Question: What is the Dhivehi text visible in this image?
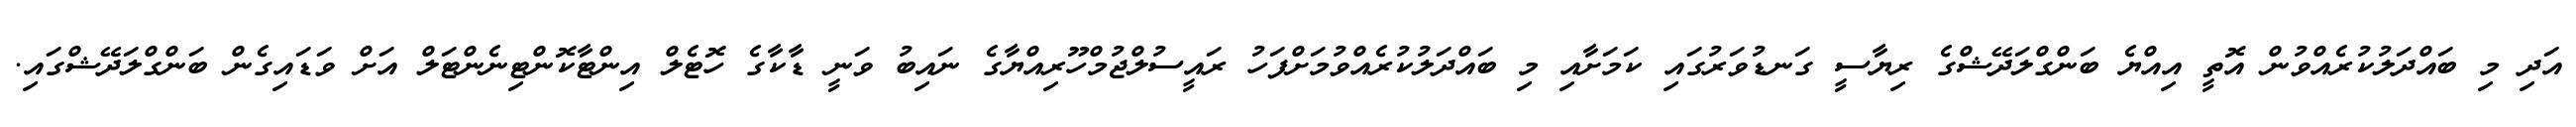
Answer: އަދި މި ބައްދަލުކުރެއްވުން އޮތީ އިއްޔެ ބަންގްލަދޭޝްގެ ރިޔާސީ ގަނޑުވަރުގައި ކަމަށާއި މި ބައްދަލުކުރެއްވުމަށްފަހު ރައީސުލްޖުމްހޫރިއްޔާގެ ނައިބު ވަނީ ޑާކާގެ ހޮޓެލް އިންޓާކޮންޓިނެންޓަލް އަށް ވަޑައިގެން ބަންގްލަދޭޝްގައި.